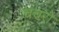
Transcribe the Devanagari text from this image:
चचरो